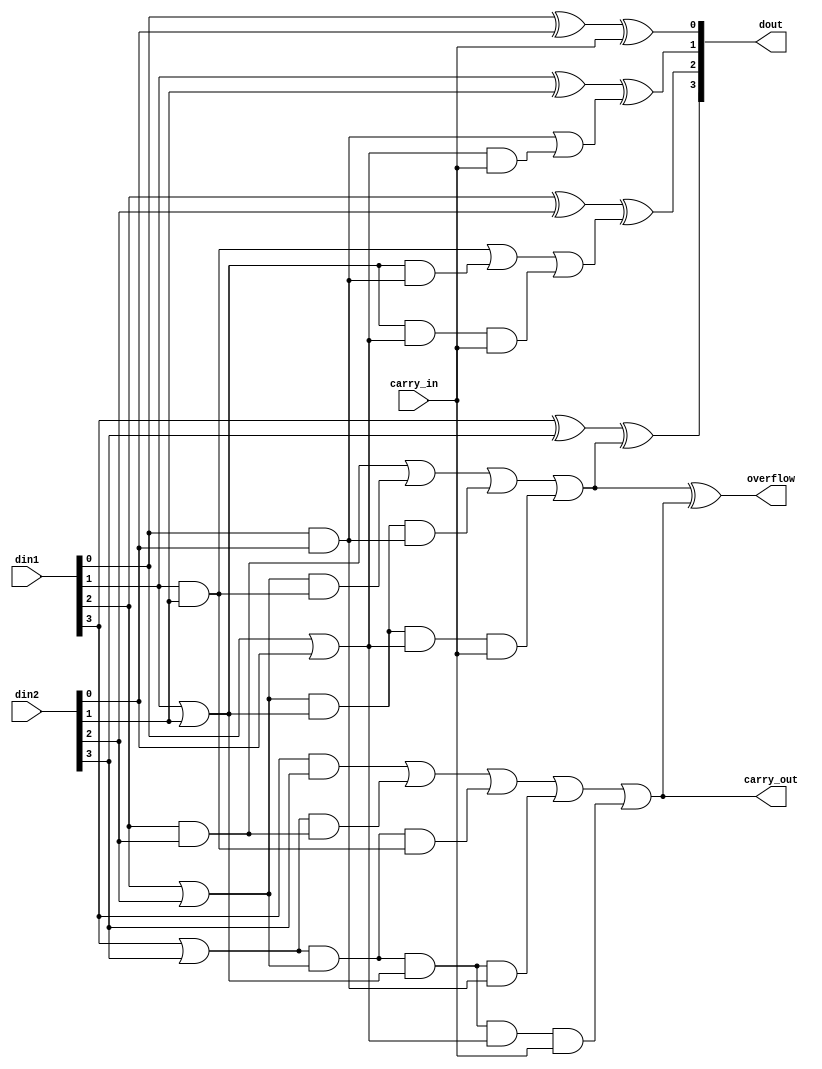
module fu_cla4v( din1, din2, carry_in, dout, carry_out, overflow);

        input   [3:0]   din1;
        input   [3:0]   din2;
        input           carry_in;
        output  [3:0]   dout;
        output          carry_out;
        output          overflow;

        wire    [3:0]   pi,gi,ci;

        assign  gi[0] = din1[0] & din2[0];
        assign  gi[1] = din1[1] & din2[1];
        assign  gi[2] = din1[2] & din2[2];
        assign  gi[3] = din1[3] & din2[3];

        assign  pi[0] = din1[0] | din2[0];
        assign  pi[1] = din1[1] | din2[1];
        assign  pi[2] = din1[2] | din2[2];
        assign  pi[3] = din1[3] | din2[3];

        assign  ci[0] = carry_in;
        assign  ci[1] = gi[0] | (pi[0]&ci[0]);
        assign  ci[2] = gi[1] | (pi[1]&gi[0]) | (pi[1]&pi[0]&ci[0]);
        assign  ci[3] = gi[2] | (pi[2]&gi[1]) | (pi[2]&pi[1]&gi[0]) |
                       (pi[2]&pi[1]&pi[0]&ci[0]);

        assign  carry_out = gi[3] | (pi[3]&gi[2]) | (pi[3]&pi[2]&gi[1]) |
                       (pi[3]&pi[2]&pi[1]&gi[0]) |
                       (pi[3]&pi[2]&pi[1]&pi[0]&ci[0]);

        assign  dout[0] = din1[0] ^ din2[0] ^ ci[0];
        assign  dout[1] = din1[1] ^ din2[1] ^ ci[1];
        assign  dout[2] = din1[2] ^ din2[2] ^ ci[2];
        assign  dout[3] = din1[3] ^ din2[3] ^ ci[3];

        assign  overflow = ci[3]^carry_out;

endmodule